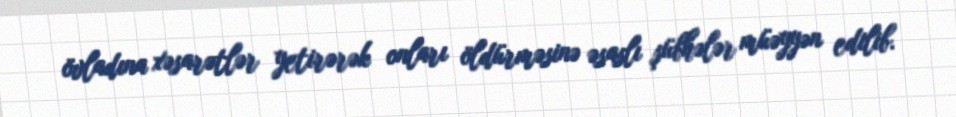
övladına xəsarətlər yetirərək onları öldürməsinə əsaslı şübhələr müəyyən edilib.